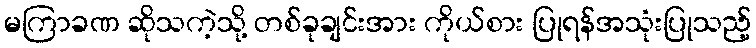
မကြာခဏ ဆိုသကဲ့သို့ တစ်ခုချင်းအား ကိုယ်စား ပြုရန်အသုံးပြုသည့်